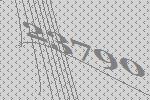
23790